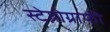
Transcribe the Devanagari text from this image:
स्टेग्नोग्राफी